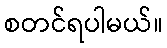
စတင်ရပါမယ်။